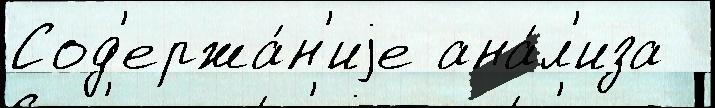
Сод'ержа́н'иjе ана́л'иза